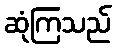
ဆုံကြသည်